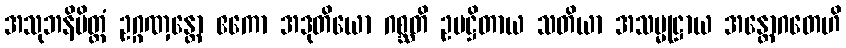
အသုဘနိမိတ္တံ ဥဂ္ဂဏှန္တော ဧကော အဒုတိယော ဂစ္ဆတိ ဥပဋ္ဌိတာယ သတိယာ အသမ္မုဋ္ဌာယ အန္တောဂတေဟိ